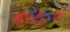
રક